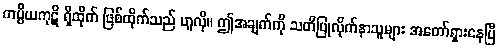
ကပ္ပိယကုဋိ ရှိထိုက် ဖြစ်ထိုက်သည် ဟူလို။ ဤအချက်ကို သတိပြုလိုက်နာသူများ အတော်ရှားနေပြီ